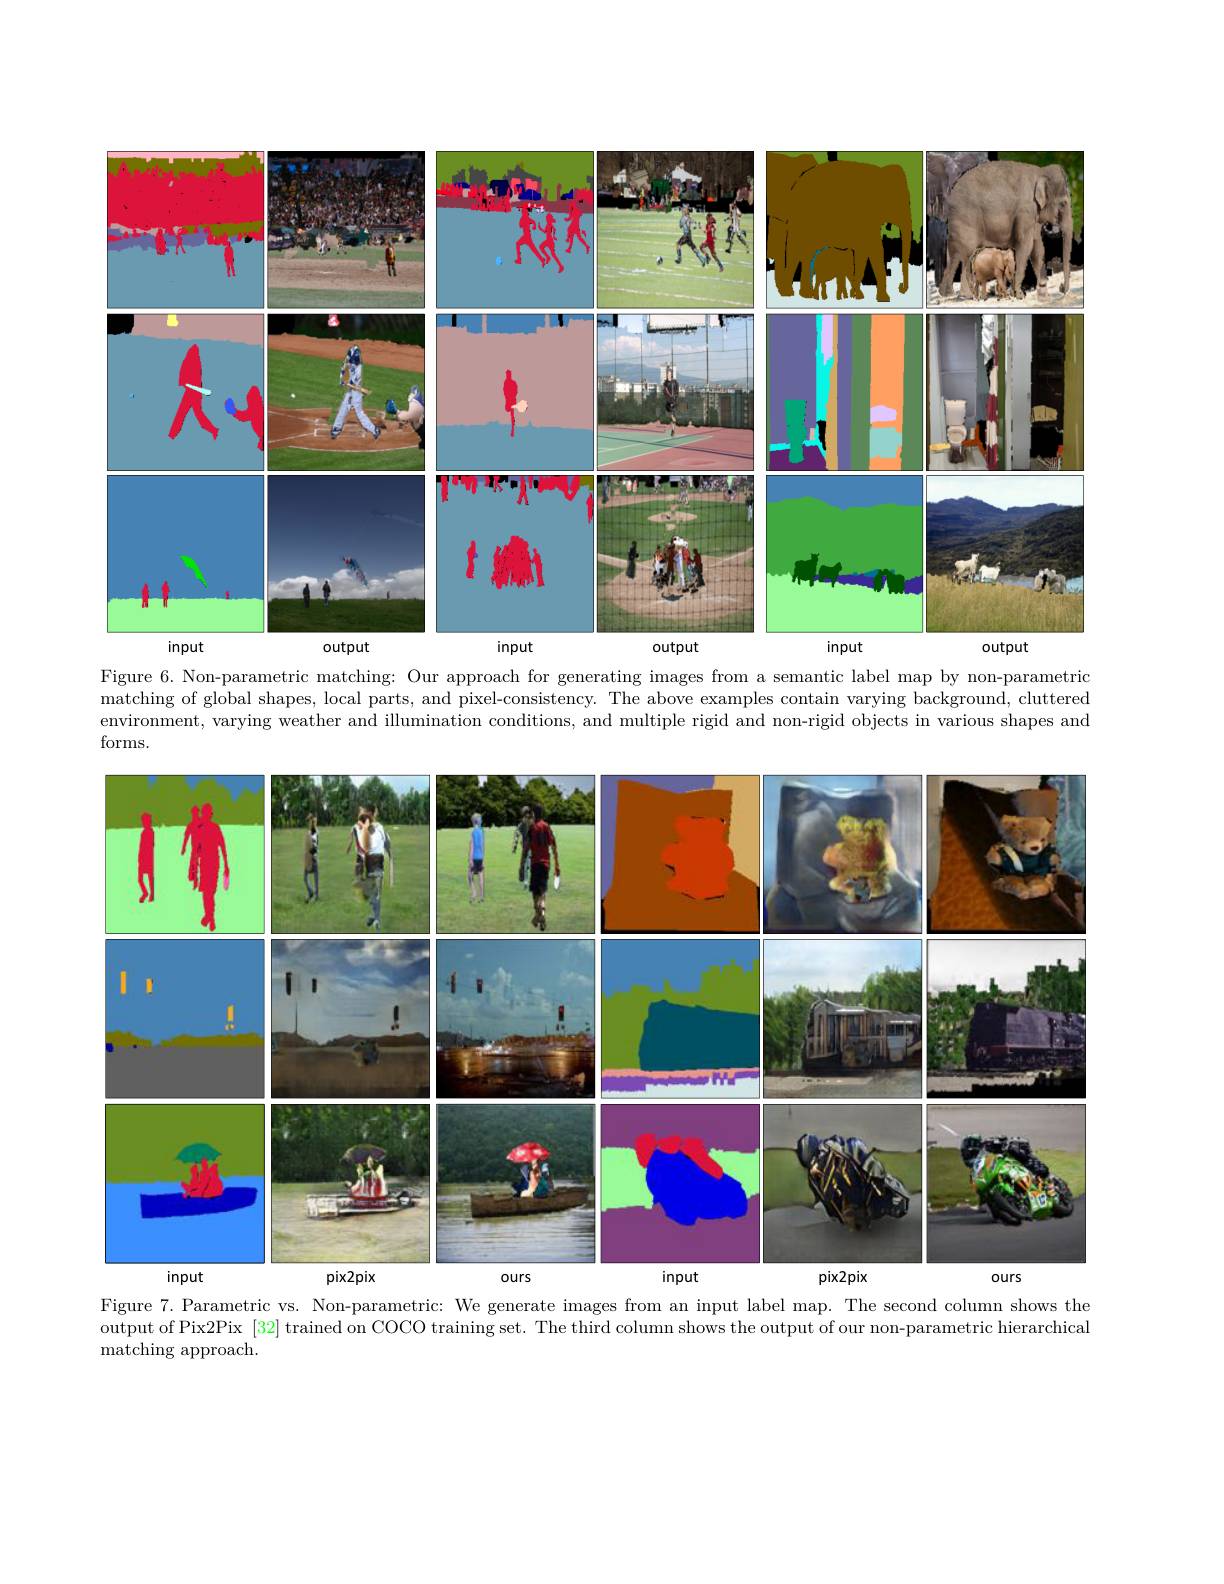
<FigureHere>
Figure 6. Non-parametric matching: Our approach for generating images from a semantic label map by non-parametric

matching of global shapes, local parts, and pixel-consistency. The above examples contain varying background, cluttered environment, varying weather and illumination conditions, and multiple rigid and non-rigid objects in various shapes and forms.

<FigureHere>

Figure 7.Parametric vs. Non-parametric: We generate images from an input label map. The second column shows the

output of Pix2Pix [32] trained on COCO training set. The third column shows the output of our non-parametric hierarchical

${\mathrm{matching~approach}}.$